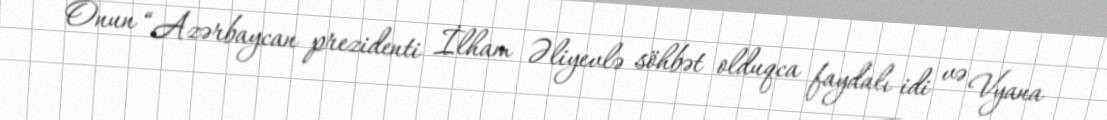
Onun “Azərbaycan prezidenti İlham Əliyevlə söhbət olduqca faydalı idi və Vyana